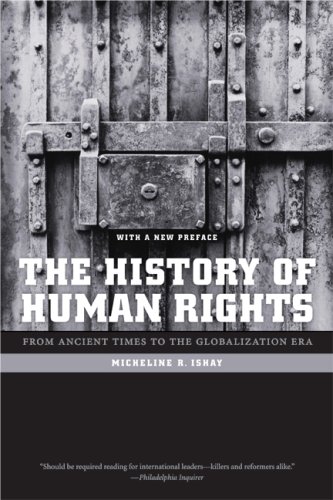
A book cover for The History of Human Rights: From Ancient Times to the Globalization Era; Micheline R. Ishay; Law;